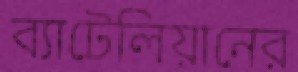
ব্যাটেলিয়ানের